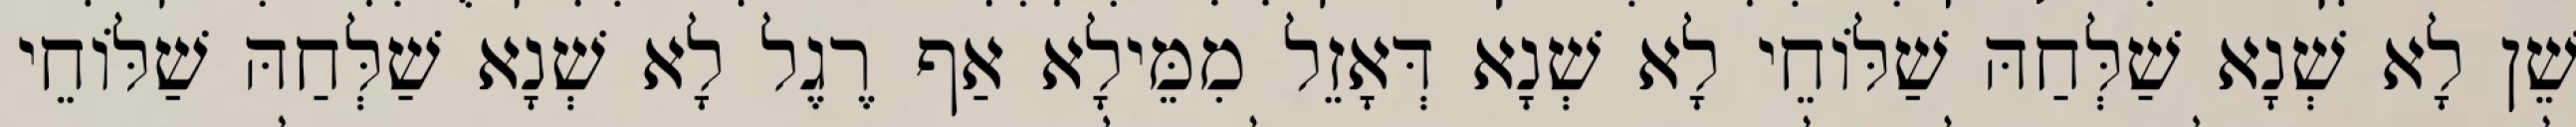
שֵׁן לָא שְׁנָא שַׁלְּחַהּ שַׁלּוֹחֵי לָא שְׁנָא דְּאָזֵל מִמֵּילָא אַף רֶגֶל לָא שְׁנָא שַׁלְּחַהּ שַׁלּוֹחֵי